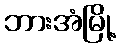
ဘားအံမြို့